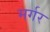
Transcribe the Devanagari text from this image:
मर्गर